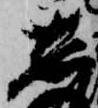
し